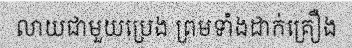
លាយជាមួយប្រេង ព្រមទាំងដាក់គ្រឿង